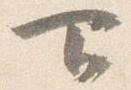
下